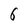
Character: 6